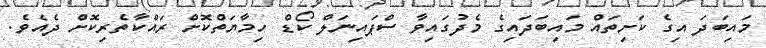
މައިބަދަ އިގެ ކަށިތައް މައިބަދައިގެ މެދުގައިވާ ސްޕައިނަލް ކޯޑް ހިމާޔަތްކޮށް ރައްކާތެރިކޮށް ދެއެވެ.